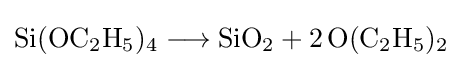
{\mathrm {Si} (\mathrm {OC} {\vphantom {A}}_{\smash[{t}]{2}}\mathrm {H} {\vphantom {A}}_{\smash[{t}]{5}}){\vphantom {A}}_{\smash[{t}]{4}}{}\mathrel {\longrightarrow } {}\mathrm {SiO} {\vphantom {A}}_{\smash[{t}]{2}}{}+{}2\,\mathrm {O} (\mathrm {C} {\vphantom {A}}_{\smash[{t}]{2}}\mathrm {H} {\vphantom {A}}_{\smash[{t}]{5}}){\vphantom {A}}_{\smash[{t}]{2}}}